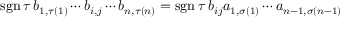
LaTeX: \operatorname { s g n } \tau \, b _ { 1 , \tau ( 1 ) } \cdots b _ { i , j } \cdots b _ { n , \tau ( n ) } = \operatorname { s g n } \tau \, b _ { i j } a _ { 1 , \sigma ( 1 ) } \cdots a _ { n - 1 , \sigma ( n - 1 ) }